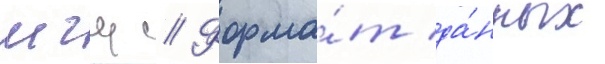
мгц // Форма́т да́нных